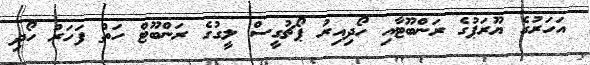
އަހަރުގެ ޔޫރަޕުގެ ރަންބޫޓާއި ހޯދިއިރު ޕޯޗުގީސް ލީގުގެ ރަންބޫޓް ހަތް ފަހަރު ހޯދި